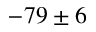
- 7 9 \pm 6